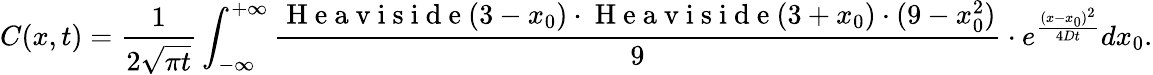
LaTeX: C(x,t)=\frac{1}{2\sqrt{\pi t}}\int_{-\infty}^{+\infty}\frac{\mathrm{~H~e~a~v~i~s~i~d~e~}(3-x_{0})\cdot\mathrm{~H~e~a~v~i~s~i~d~e~}(3+x_{0})\cdot(9-x_{0}^{2})}{9}\cdot e^{\frac{(x-x_{0})^{2}}{4Dt}}dx_{0}.